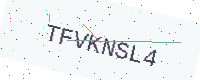
Text: TFVKNSL4